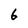
Character: 6